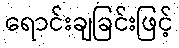
ရောင်းချခြင်းဖြင့်